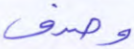
وصدف